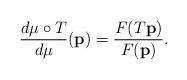
LaTeX: \begin{align*}\frac{d\mu \circ T}{d\mu}({\bf p}) = \frac{F(T{\bf p})}{F({\bf p})}.\end{align*}